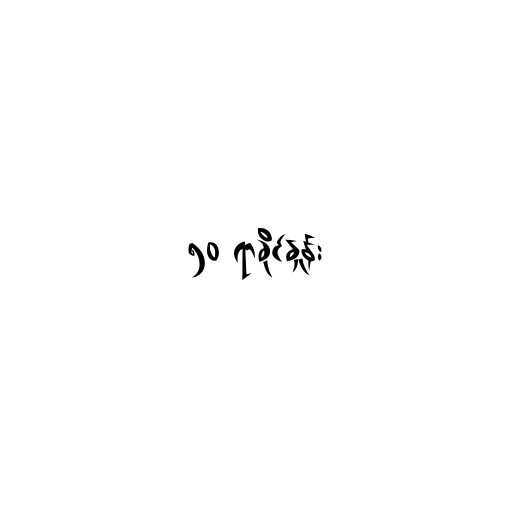
၅၀ ရာခိုင်နှုန်း